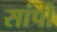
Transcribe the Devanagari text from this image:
सांपी